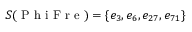
S ( \mathrm { ~ P ~ h ~ i ~ F ~ r ~ e ~ } ) = \{ e _ { 3 } , e _ { 6 } , e _ { 2 7 } , e _ { 7 1 } \}